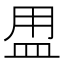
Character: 𥁎